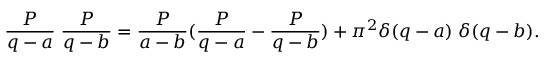
\frac { { \cal P } } { q - a } \; \frac { { \cal P } } { q - b } = \frac { { \cal P } } { a - b } ( \frac { { \cal P } } { q - a } - \frac { { \cal P } } { q - b } ) + \pi ^ { 2 } \delta ( q - a ) \; \delta ( q - b ) .